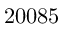
2 0 0 8 5